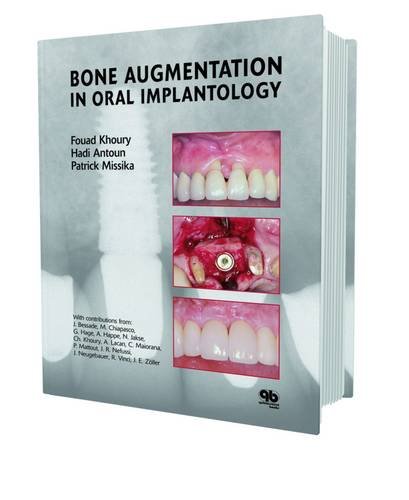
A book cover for Bone Augmentation in Oral Implantology; Fouad Khoury; Medical Books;